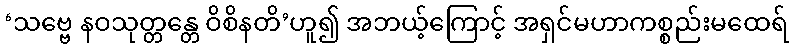
‘သဗ္ဗေ နဝသုတ္တန္တေ ဝိစိနတိ’ဟူ၍ အဘယ့်ကြောင့် အရှင်မဟာကစ္စည်းမထေရ်